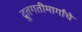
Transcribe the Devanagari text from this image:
द्रुतगतीमार्गांचे